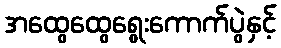
အထွေထွေရွေးကောက်ပွဲနှင့်